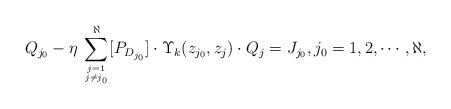
LaTeX: \begin{align*}Q_{j_0} - \eta \, \sum_{j = 1\atop j\neq j_0}^\aleph [P_{D_{j_0}}] \cdot \Upsilon_k(z_{j_0}, z_j) \cdot Q_j = J_{j_0}, j_0=1, 2, \cdots, \aleph,\end{align*}